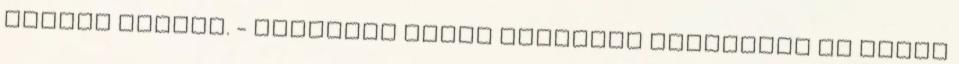
tagság esetén. - tagoknak szóló exkluzív ajánlatok Az ördög